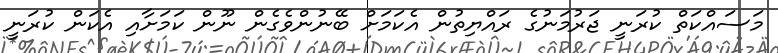
މަސައްކަތް ކުރަނީ ޖަރުމަނުގެ ރައްޔިތުން އެކަމަށް ބޭނުންވެގެން ނޫން ކަމަށާއި އެކަން ކުރަނީ